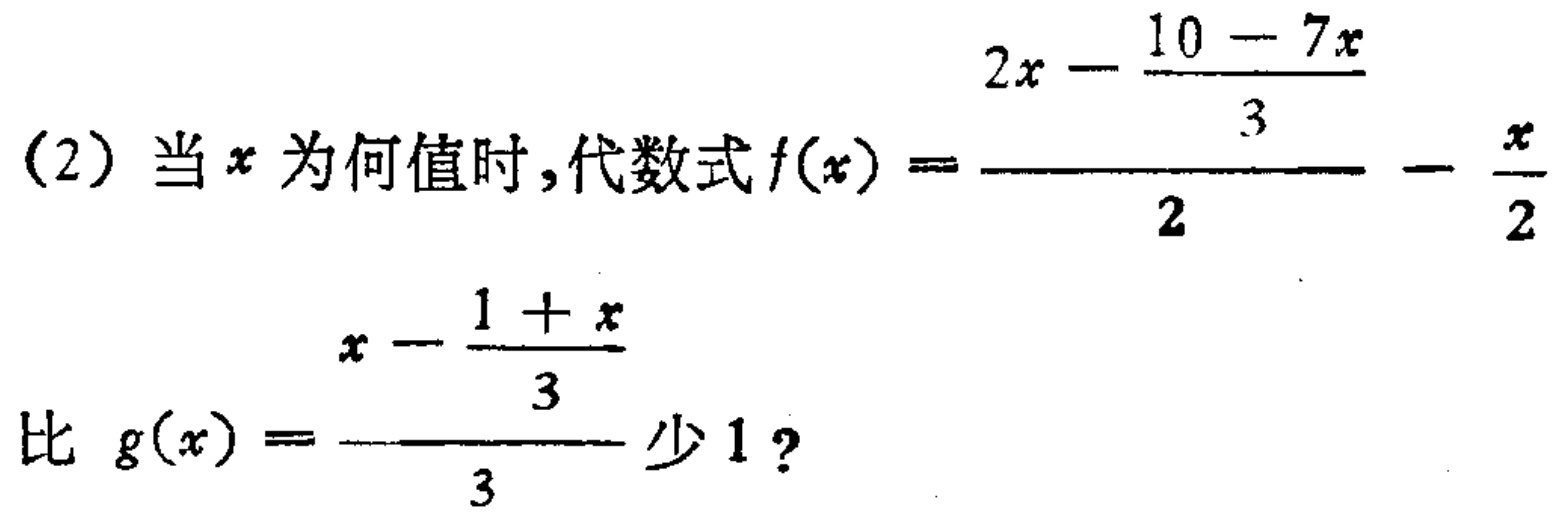
(2) 当\(x\)为何值时，代数式\(f(x)=\frac{2x - \frac{10 - 7x}{3}}{2}-\frac{x}{2}\)比 \(g(x)=\frac{x - \frac{1 + x}{3}}{3}\)少\(1\)？